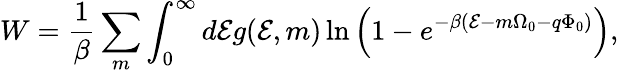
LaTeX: W=\frac{1}{\beta}\sum_{m}\int_{0}^{\infty}d{\cal E}g({\cal E},m)\ln\left(1-e^{-\beta({\cal E}-m\Omega_{0}-q\Phi_{0})}\right),